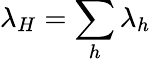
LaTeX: \lambda_{H}=\sum_{h}{\lambda_{h}}